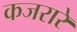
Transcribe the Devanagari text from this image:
कजरारे